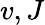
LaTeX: v,J